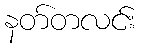
နတ်တလင်း